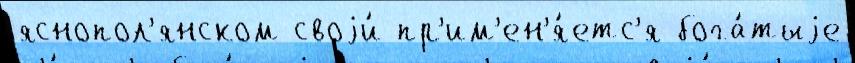
яснопол'янском своjи́ пр'им'ен'я́етс'я бога́тыjе